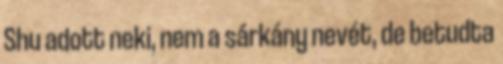
Shu adott neki, nem a sárkány nevét, de betudta